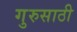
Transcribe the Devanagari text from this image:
गुरुसाठी